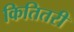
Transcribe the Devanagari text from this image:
कितितरी